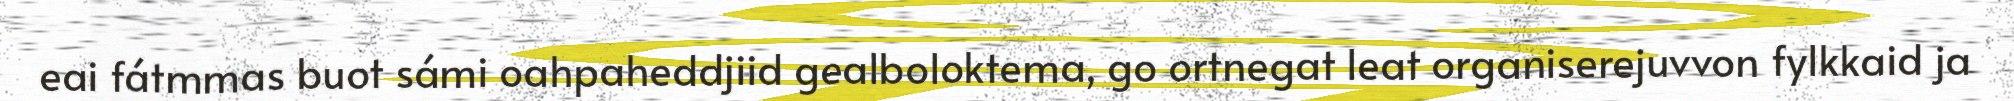
eai fátmmas buot sámi oahpaheddjiid gealboloktema, go ortnegat leat organiserejuvvon fylkkaid ja